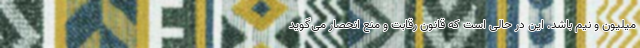
میلیون و نیم باشد. این در حالی است که قانون رقابت و منع انحصار می‌گوید